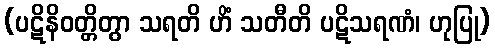
(ပဋိနိဝတ္တိတွာ သရတိ ဟိံ သတီတိ ပဋိသရဏံ၊ ဟုပြု)